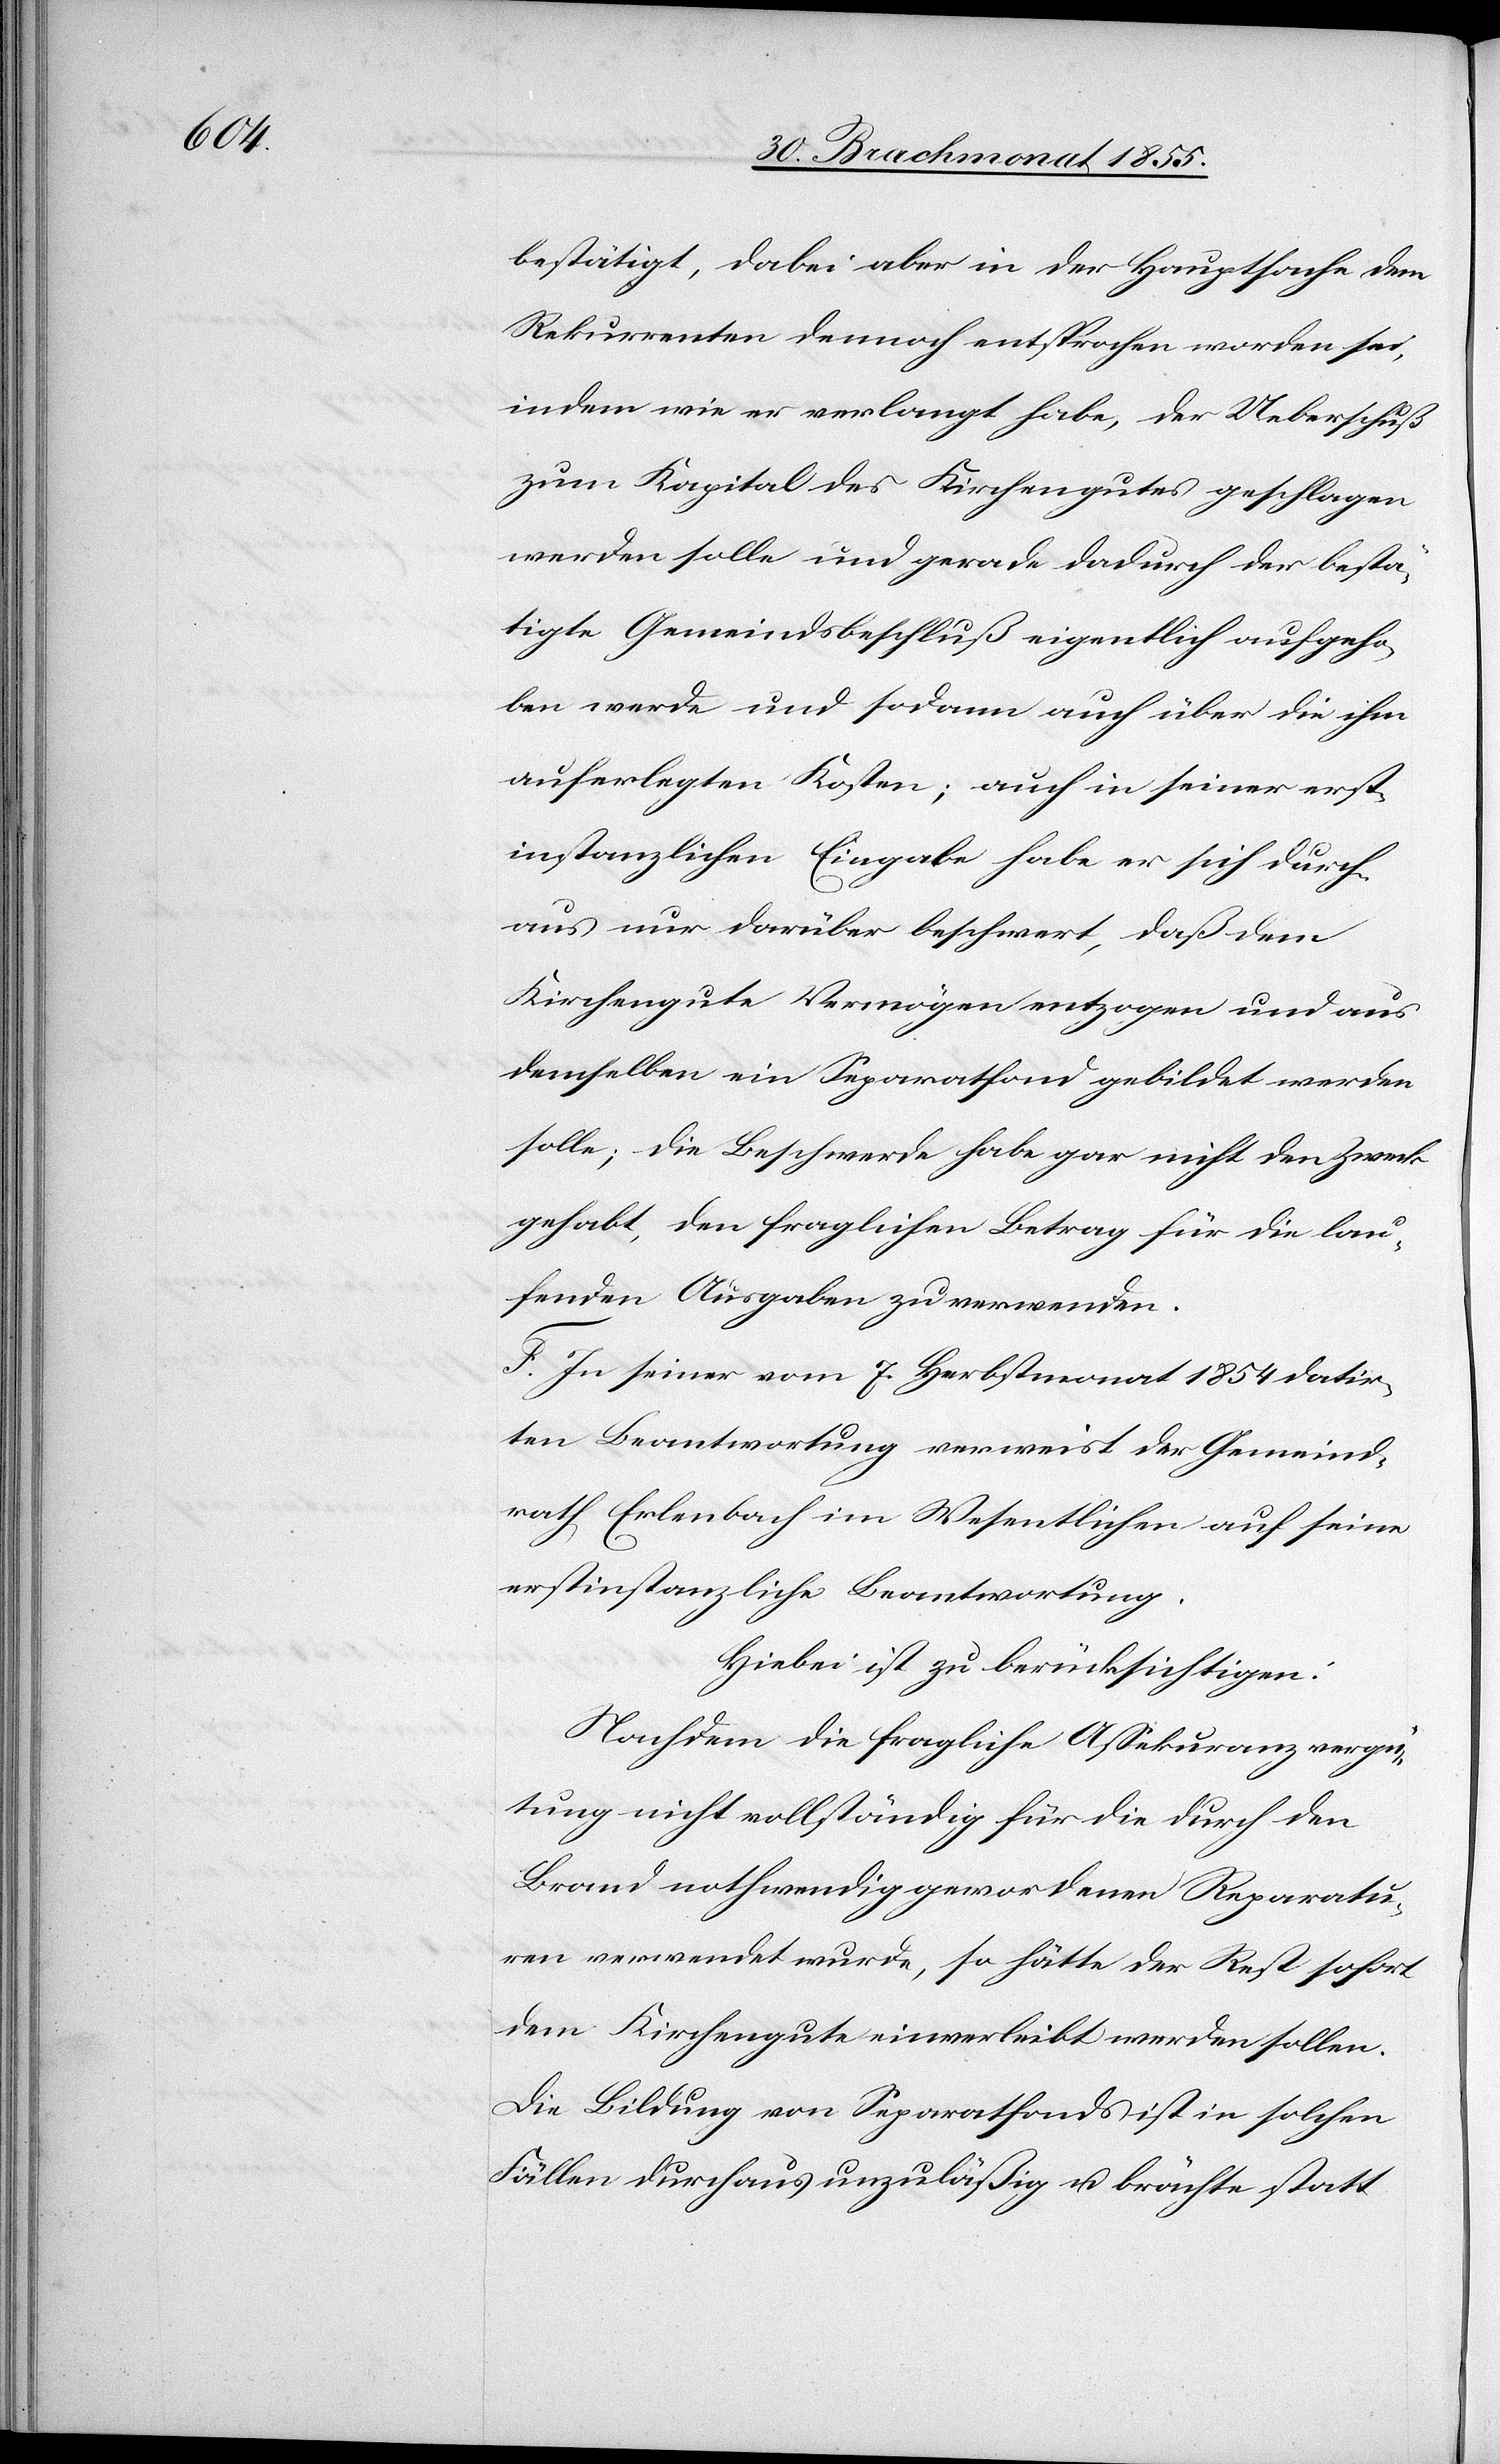
bestätigt, dabei aber in der Hauptsache dem
Rekurrenten dennoch entsprochen worden sei,
indem wie er verlangt habe, der Ueberschuß
zum Kapital des Kirchengutes geschlagen
werden solle und gerade dadurch der bestä¬
tigte Gemeindsbeschluß eigentlich aufgeho¬
ben werde und sodann auch über die ihm
auferlegten Kosten; auch in seiner erst¬
instanzlichen Eingabe habe er sich durch¬
aus nur darüber beschwert, daß dem
Kirchengute Vermögen entzogen und aus
demselben ein Separatfond gebildet werden
solle; die Beschwerde habe gar nicht den Zweck
gehabt, den fraglichen Betrag für die lau¬
fenden Ausgaben zu verwenden.
F. In seiner vom 7. Herbstmonat 1854 datir¬
ten Beantwortung verweist der Gemeind¬
rath Erlenbach im Wesentlichen auf seine
erstinstanzliche Beantwortung.
Hiebei ist zu berücksichtigen:
Nachdem die fragliche Assekuranzvergü¬
tung nicht vollständig für die durch den
Brand nothwendig gewordenen Reparatu¬
ren verwendet wurde, so hätte der Rest sofort
dem Kirchengute einverleibt werden sollen.
Die Bildung von Separatfonds ist in solchen
Fällen durchaus unzuläßig u. brächte statt